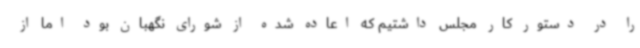
را در دستور کار مجلس داشتیم که اعاده شده از شورای نگهبان بود اما از